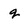
Character: q